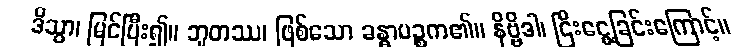
ဒိသွာ၊ မြင်ပြီး၍။ ဘူတဿ၊ ဖြစ်သော ခန္ဓာပဉ္စက၏။ နိဗ္ဗိဒါ၊ ငြီးငွေ့ခြင်းကြောင့်။